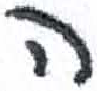
אות: ה